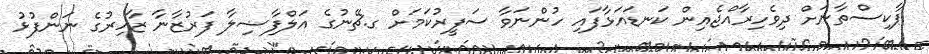
ޕާކިސްތާނަށް ދިވެހިރާއްޖެއިން ކަނޑައަޅާފައި ހުންނަވާ ސަފީރުކަމަށް ގ.ޗޭނުގެ އަލްފާޟިލާ ފަރުޒާނާ ޒާހިރުގެ ނަންފުޅު